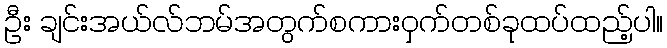
ဦး ချင်းအယ်လ်ဘမ်အတွက်စကားဝှက်တစ်ခုထပ်ထည့်ပါ။